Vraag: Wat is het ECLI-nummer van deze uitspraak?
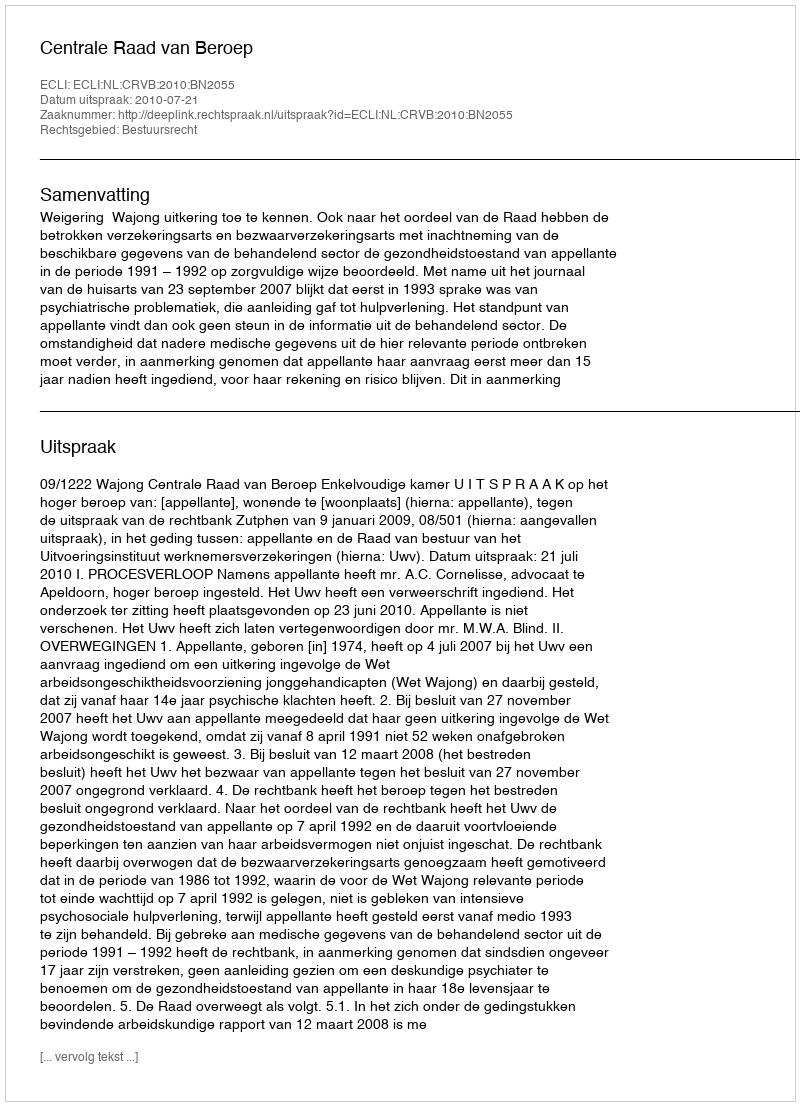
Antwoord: ECLI:NL:CRVB:2010:BN2055